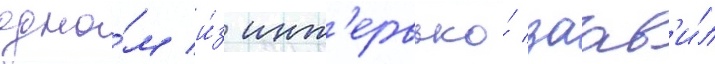
одно́м и́з инт'ервью́ заав'и́л